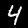
Label: 4